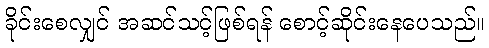
ခိုင်းစေလျှင် အဆင်သင့်ဖြစ်ရန် စောင့်ဆိုင်းနေပေသည်။